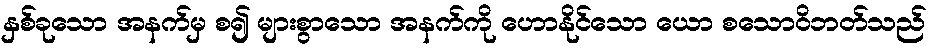
နှစ်ခုသော အနက်မှ စ၍ များစွာသော အနက်ကို ဟောနိုင်သော ယော စသောဝိဘတ်သည်